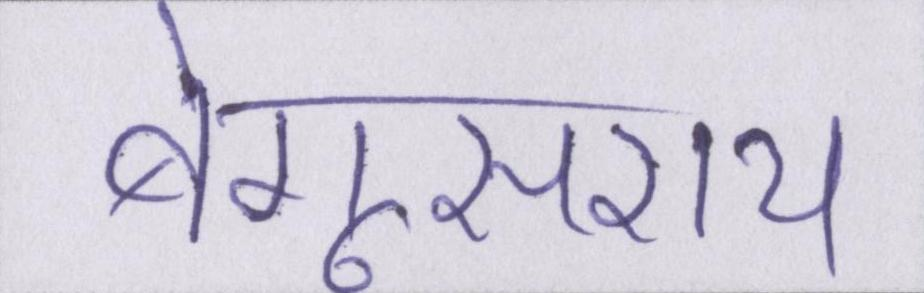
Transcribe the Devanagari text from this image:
बेगूसराय